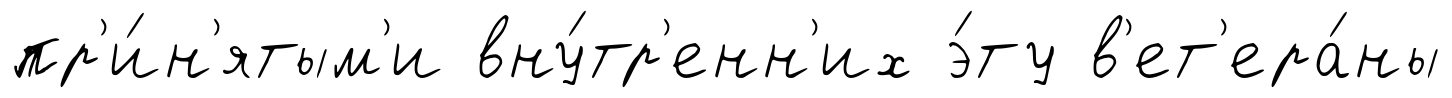
пр'и́н'ятым'и вну́тр'енн'их э́ту в'ет'ера́ны